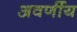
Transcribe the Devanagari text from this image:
अवर्णीय